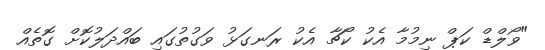
"ވޯލްޑް ކަޕް ނިމުމާ އެކު ކޯޗާ އެކު ރަނގަޅު ވަގުތުގައި ބައްދަލުކޮށް ގޮތެއް